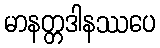
မာနတ္တဒါနဿပေ